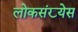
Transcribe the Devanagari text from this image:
लोकसंख्येस